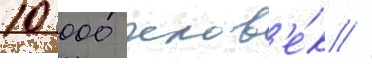
10 000 челов'е́к /